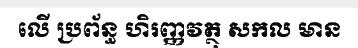
លើ ប្រព័ន្ធ ហិរញ្ញវត្ថុ សកល មាន